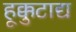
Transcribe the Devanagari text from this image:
हूक्कुटाद्य